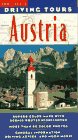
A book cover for Driving Tours Austria (Frommer's Driving Tours); Adi Kraus; Travel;